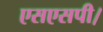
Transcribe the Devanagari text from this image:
एसएसपी।